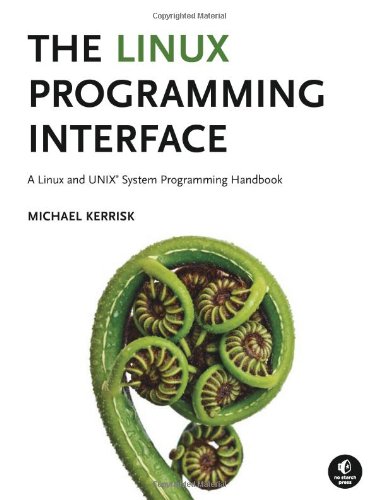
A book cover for The Linux Programming Interface: A Linux and UNIX System Programming Handbook; Michael Kerrisk; Computers & Technology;